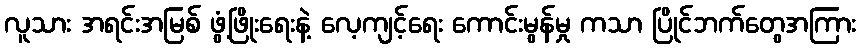
လူသား အရင်းအမြစ် ဖွံ့ဖြိုးရေးနဲ့ လေ့ကျင့်ရေး ကောင်းမွန်မှု ကသာ ပြိုင်ဘက်တွေအကြား